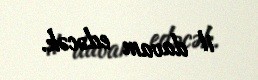
il davam edəcək.